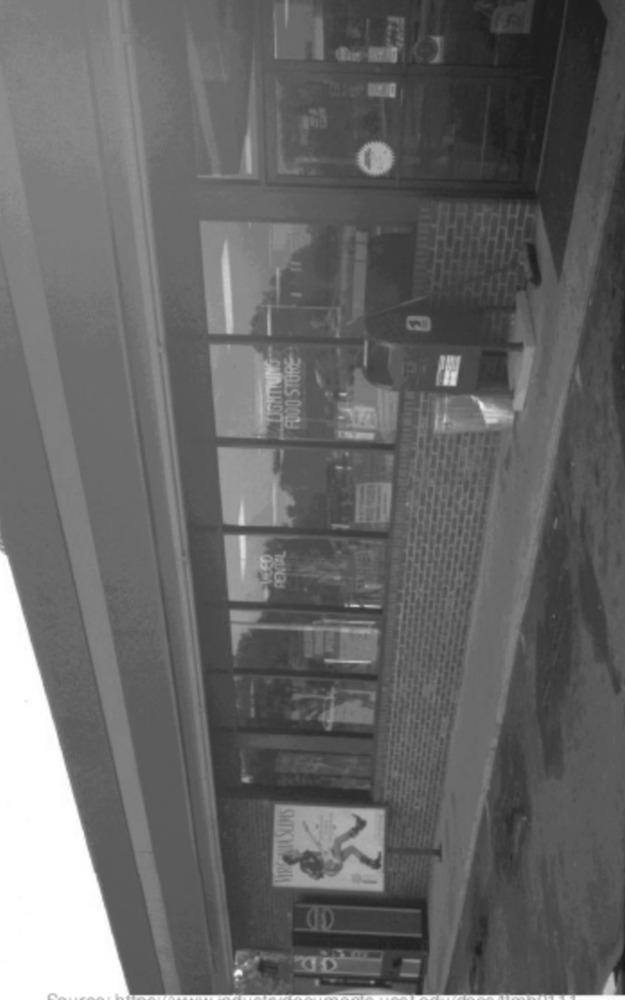
FOOD STORE
OD